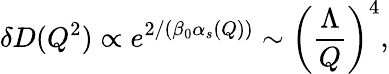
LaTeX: \delta D(Q^{2})\propto e^{2/(\beta_{0}\alpha_{s}(Q))}\sim\left(\frac{\Lambda}{Q}\right)^{4},